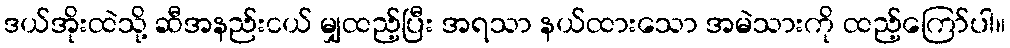
ဒယ်အိုးထဲသို့ ဆီအနည်းငယ် မျှထည့်ပြီး အရသာ နယ်ထားသော အမဲသားကို ထည့်ကြော်ပါ။